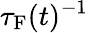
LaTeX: \tau_{\mathrm{F}}(t)^{-1}